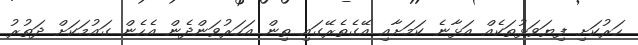
ހަރުކަށި ފިޔަވަޅުތަކެއް އަޅާނެ ކަމަށާއި އޭގެތެރޭގައި ތިން އަހަރުވަންދެން އެހެން ގައުމަކަށް ދަތުރު